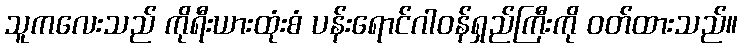
သူကလေးသည် ကိုရီးယားထုံးစံ ပန်းရောင်ဂါဝန်ရှည်ကြီးကို ဝတ်ထားသည်။